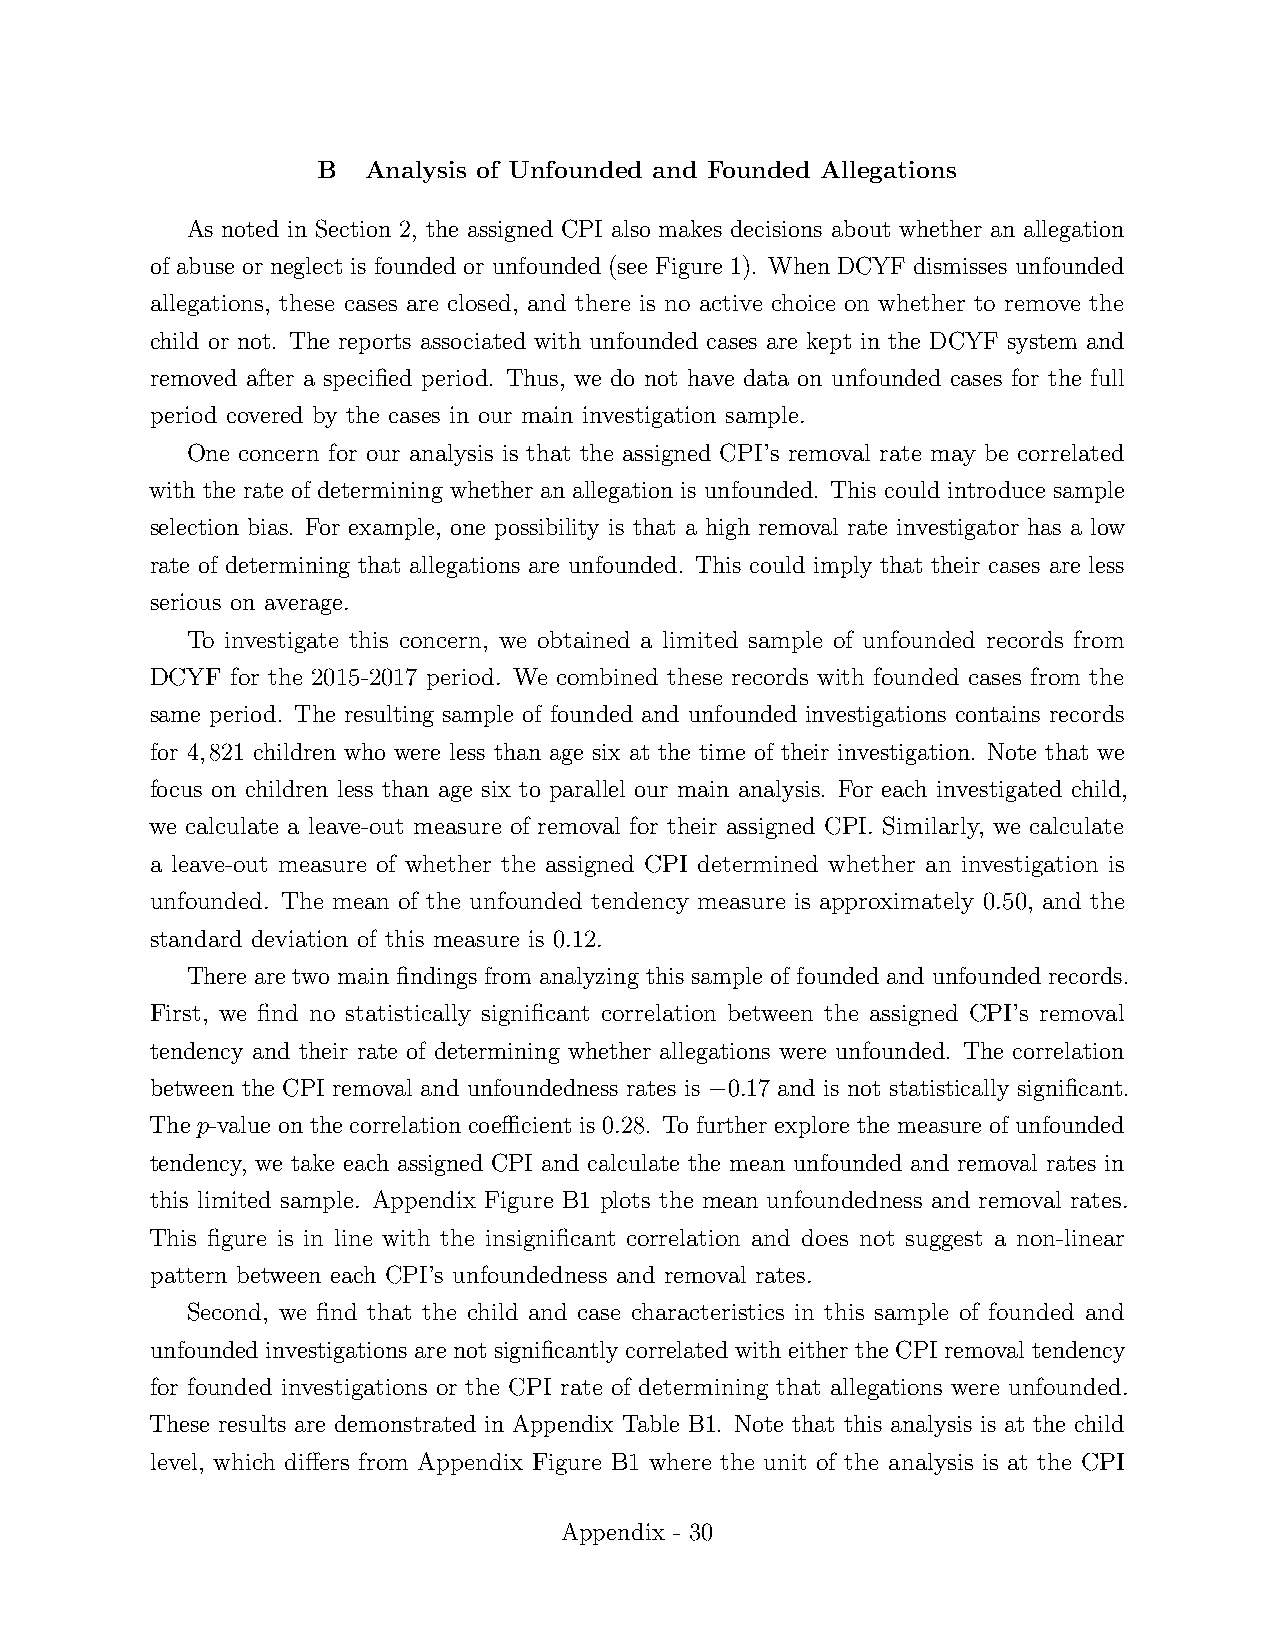
B  Analysis of Unfounded and Founded Allegations
 As noted in Section 2, the assigned CPI also makes decisions about whether an allegation
 of abuse or neglect is founded or unfounded (see Figure 1). When DCYF dismisses unfounded
 allegations, these cases are closed, and there is no active choice on whether to remove the
 child or not. The reports associated with unfounded cases are kept in the DCYF system and
 removed after a specified period. Thus, we do not have data on unfounded cases for the full
 period covered by the cases in our main investigation sample.
 One concern for our analysis is that the assigned CPI’s removal rate may be correlated
 with the rate of determining whether an allegation is unfounded. This could introduce sample
 selection bias. For example, one possibility is that a high removal rate investigator has a low
 rate of determining that allegations are unfounded. This could imply that their cases are less
 serious on average.
 To investigate this concern, we obtained a limited sample of unfounded records from
 DCYF for the 2015-2017 period. We combined these records with founded cases from the
 same period. The resulting sample of founded and unfounded investigations contains records
 for 4,821 children who were less than age six at the time of their investigation. Note that we
 focus on children less than age six to parallel our main analysis. For each investigated child,
 we calculate a leave-out measure of removal for their assigned CPI. Similarly, we calculate
 a leave-out measure of whether the assigned CPI determined whether an investigation is
 unfounded. The mean of the unfounded tendency measure is approximately 0.50, and the
 standard deviation of this measure is 0.12.
 There are two main findings from analyzing this sample of founded and unfounded records.
 First, we find no statistically significant correlation between the assigned CPI’s removal
 tendency and their rate of determining whether allegations were unfounded. The correlation
 between the CPI removal and unfoundedness rates is 0.17 and is not statistically significant.
 −
 The p-value on the correlation coefficient is 0.28. To further explore the measure of unfounded
 tendency, we take each assigned CPI and calculate the mean unfounded and removal rates in
 this limited sample. Appendix Figure B1 plots the mean unfoundedness and removal rates.
 This figure is in line with the insignificant correlation and does not suggest a non-linear
 pattern between each CPI’s unfoundedness and removal rates.
 Second, we find that the child and case characteristics in this sample of founded and
 unfounded investigations are not significantly correlated with either the CPI removal tendency
 for founded investigations or the CPI rate of determining that allegations were unfounded.
 These results are demonstrated in Appendix Table B1. Note that this analysis is at the child
 level, which differs from Appendix Figure B1 where the unit of the analysis is at the CPI
 Appendix - 30